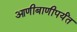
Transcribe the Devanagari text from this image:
आणीबाणीपर्यंत